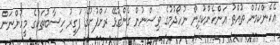
އެހެންކަމުން ތުއްތު އަންހެންކުދިން ނުހޯދުމުގެ ވިސްނުން ގެންގުޅޭ ރަށްފުށުގެ ފަގީރު ހިސާބުތަކުގެ މީހުންނަށް